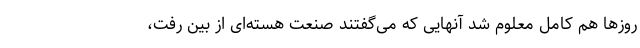
روزها هم کامل معلوم شد آنهایی که می‌گفتند صنعت هسته‌ای از بین رفت،